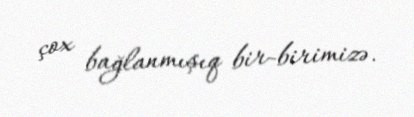
çox bağlanmışıq bir-birimizə.